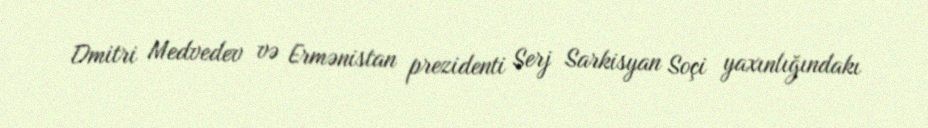
Dmitri Medvedev və Ermənistan prezidenti Serj Sarkisyan Soçi yaxınlığındakı